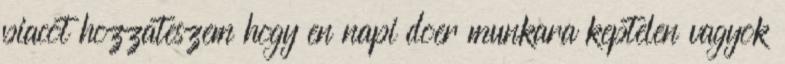
piacot hozzateszem hogy en napi doer munkara keptelen vagyok